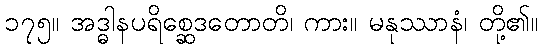
၁၇၅။ အဒ္ဓါနပရိစ္ဆေဒတောတိ၊ ကား။ မနုဿာနံ၊ တို့၏။